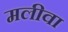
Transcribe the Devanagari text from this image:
मलीवा